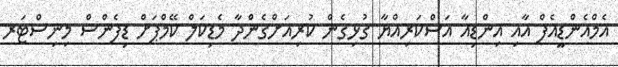
އެމްއެންޑީއެފް އާއި އިންޑިއާ އަސްކަރިއްޔާ ގުޅިގެން ކުރިއަށްގެންދާ މެޑިކަލް ކޭމްޕަށް ޑިފެންސް މިނިސްޓަރ